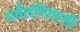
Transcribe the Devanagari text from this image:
पर्वतनिवासी